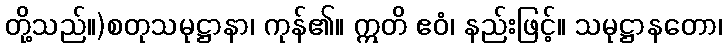
တို့သည်။)စတုသမုဋ္ဌာနာ၊ ကုန်၏။ ဣတိ ဧဝံ၊ နည်းဖြင့်။ သမုဋ္ဌာနတော၊